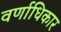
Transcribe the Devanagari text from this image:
वर्णाधिकार